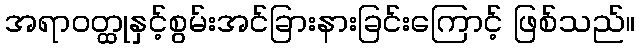
အရာဝတ္ထုနှင့်စွမ်းအင်ခြားနားခြင်းကြောင့် ဖြစ်သည်။